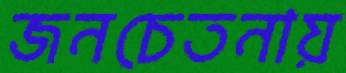
জনচেতনায়